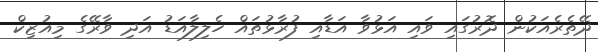
ދޭތެރެއަކުން ދޮރުގައި ވައި އަޅުވާ އަޑާއި ފުރާޅުތައް ހެލިލާއަޑު އަދި ވާރޭގެ މިއުޒިކް